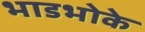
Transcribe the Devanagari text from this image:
भाडभोके